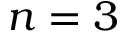
n = 3